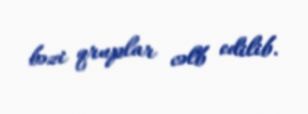
bəzi qruplar cəlb edilib.